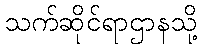
သက်ဆိုင်ရာဌာနသို့